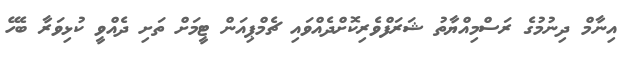
އިނާމް ދިނުމުގެ ރަސްމިއްޔާތު ޝަރަފްވެރިކޮށްދެއްވައި ޗެމްޕިއަން ޓީމަށް ތަށި ދެއްވީ ކުޅިވަރާ ބެހޭ